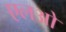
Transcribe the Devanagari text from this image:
एलओ